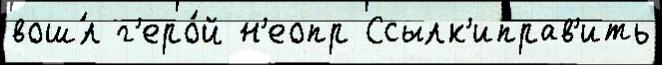
вош́л г'еро́й н'еопр Ссылк'иправ'ить